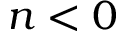
n < 0